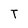
Character: T